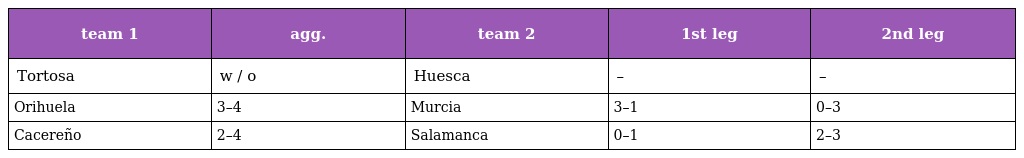
| team 1 | agg. | team 2 | 1st leg | 2nd leg |
 | --- | --- | --- | --- | --- |
 | Tortosa | w / o | Huesca | – | – |
 | Orihuela | 3–4 | Murcia | 3–1 | 0–3 |
 | Cacereño | 2–4 | Salamanca | 0–1 | 2–3 |